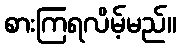
စားကြရလိမ့်မည်။